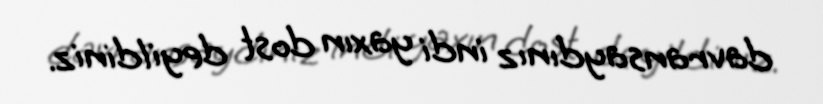
davransaydınız indi yaxın dost deyildiniz.